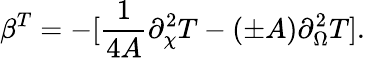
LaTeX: \beta^{T}=-[{\frac{1}{4A}}\partial_{\chi}^{2}T-(\pm A)\partial_{\Omega}^{2}T].